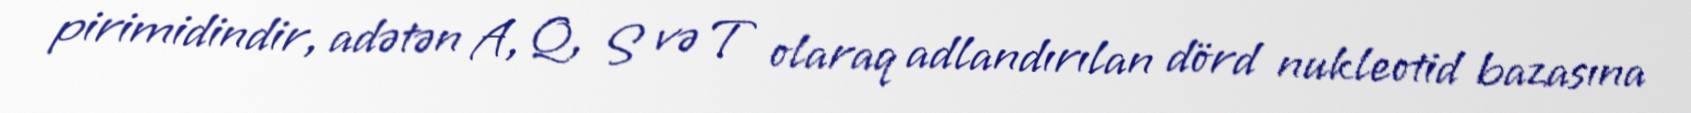
pirimidindir, adətən A, Q, S və T olaraq adlandırılan dörd nukleotid bazasına